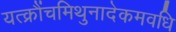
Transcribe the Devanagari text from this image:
यत्क्रौंचमिथुनादेकमवधि